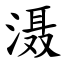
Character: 滠